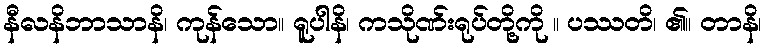
နီလနိဘာသာနိ၊ ကုန်သော။ ရူပါနိ၊ ကသိုဏ်းရုပ်တို့ကို ။ ပဿတိ၊ ၏။ တာနိ၊